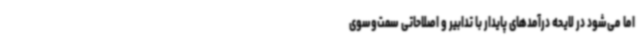
اما می‌شود در لایحه درآمدهای پایدار با تدابیر و اصلاحاتی سمت‌وسوی